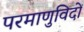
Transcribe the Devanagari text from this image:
परमाणुविदों